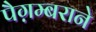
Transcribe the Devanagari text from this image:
पैग़म्बराने